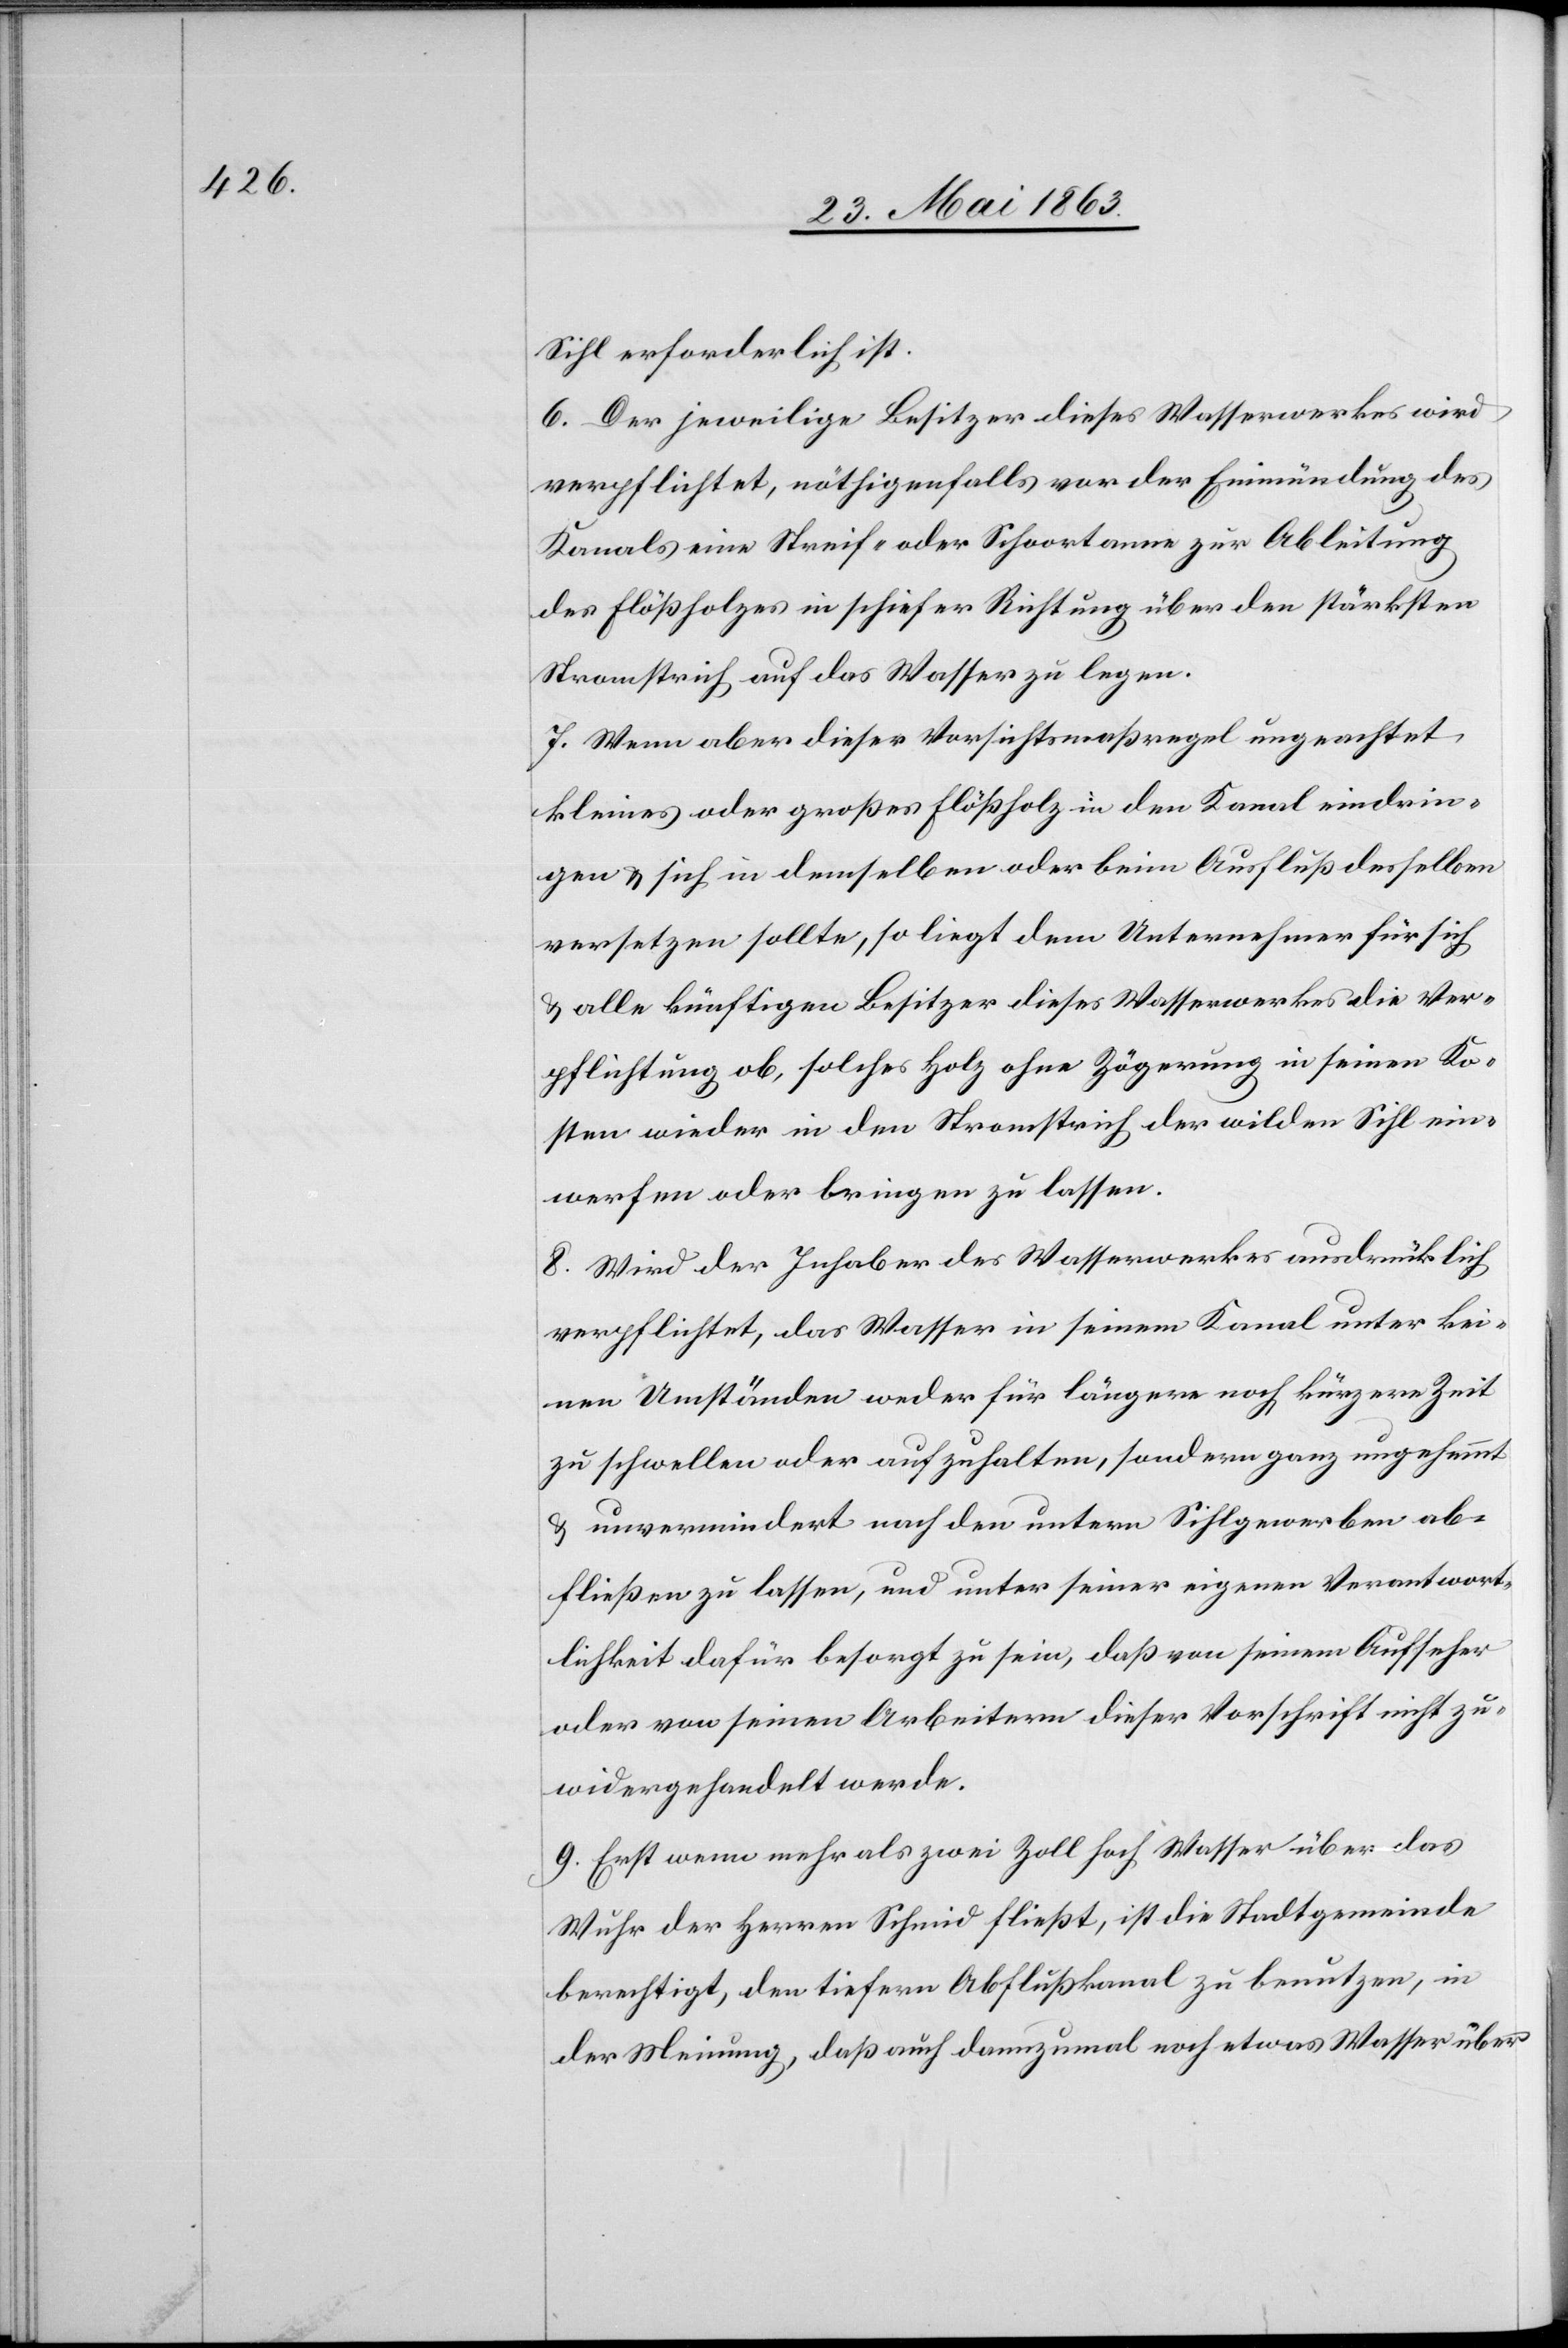
Sihl erforderlich ist.
6. Der jeweilige Besitzer dieses Wasserwerkes wird
verpflichtet, nöthigenfalls vor der Einmündung des
Kanals eine Streif- oder Schoortanne zur Ableitung
des Flößholzes in schiefer Richtung über den stärksten
Stromstrich auf das Wasser zu legen.
7. Wenn aber dieser Vorsichtsmaßregel ungeachtet
kleines oder großes Flößholz in den Kanal eindrin¬
gen & sich in demselben oder beim Ausfluß desselben
versetzen sollte, so liegt dem Unternehmer für sich
& alle künftigen Besitzer dieses Wasserwerkes die Ver¬
pflichtung ob, solches Holz ohne Zögerung in seinen Ko¬
sten wieder in den Stromstrich der wilden Sihl ein¬
werfen oder bringen zu lassen.
8. Wird der Inhaber des Wasserwerkes ausdrücklich
verpflichtet, das Wasser in seinem Kanal unter kei¬
nen Umständen weder für längere noch kürzere Zeit
zu schwellen oder aufzuhalten, sondern ganz ungehemmt
& unvermindert nach den untern Sihlgewerben ab¬
fließen zu lassen, und unter seiner eigenen Verantwort¬
lichkeit dafür besorgt zu sein, daß von seinem Aufseher
oder von seinen Arbeitern dieser Vorschrift nicht zu
widergehandelt werde.
9. Erst wenn mehr als zwei Zoll hoch Wasser über das
Wuhr der Herren Schmid fließt, ist die Stadtgemeinde
berechtigt, den tiefern Abflußkanal zu benutzen, in
der Meinung, daß auch dannzumal noch etwas Wasser über